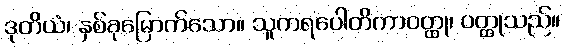
ဒုတိယံ၊ နှစ်ခုမြောက်သော။ သူကရပေါတိကာဝတ္ထု၊ ဝတ္ထုသည်။